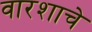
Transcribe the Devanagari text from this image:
वारशाचे